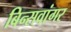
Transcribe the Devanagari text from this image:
बिन्सवांगर